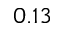
0 . 1 3